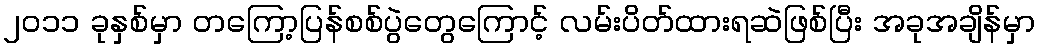
၂၀၁၁ ခုနှစ်မှာ တကြော့ပြန်စစ်ပွဲတွေကြောင့် လမ်းပိတ်ထားရဆဲဖြစ်ပြီး အခုအချိန်မှာ